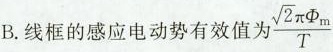
B.线框的感应电动势有效值为\frac{ \sqrt{ 2 } \pi \Phi _{ m } }{ T }